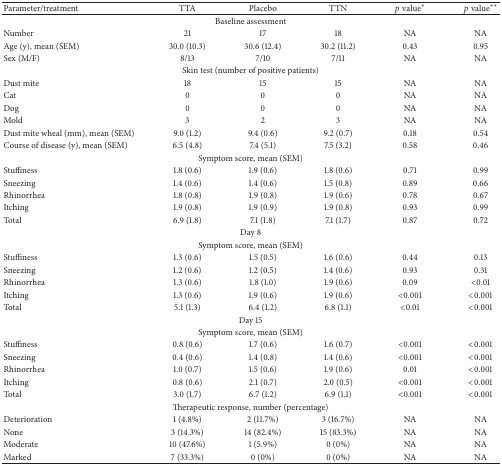
<table><thead><tr><td><b>Parameter/treatment</b></td><td><b>TTA</b></td><td><b>Placebo</b></td><td><b>TTN</b></td><td><b><i>p</i> value<sup><i>∗</i></sup></b></td><td><b><i>p</i> value<sup><i>∗∗</i></sup></b></td></tr></thead><tbody><tr><td colspan="6">Baseline assessment</td></tr><tr><td>Number</td><td>21</td><td>17</td><td>18</td><td>NA</td><td>NA</td></tr><tr><td>Age (y), mean (SEM)</td><td>30.0 (10.3)</td><td>30.6 (12.4)</td><td>30.2 (11.2)</td><td>0.43</td><td>0.95</td></tr><tr><td>Sex (M/F)</td><td>8/13</td><td>7/10</td><td>7/11</td><td>NA</td><td>NA</td></tr><tr><td colspan="6">Skin test (number of positive patients)</td></tr><tr><td>Dust mite</td><td>18</td><td>15</td><td>15</td><td>NA</td><td>NA</td></tr><tr><td>Cat</td><td>0</td><td>0</td><td>0</td><td>NA</td><td>NA</td></tr><tr><td>Dog</td><td>0</td><td>0</td><td>0</td><td>NA</td><td>NA</td></tr><tr><td>Mold</td><td>3</td><td>2</td><td>3</td><td>NA</td><td>NA</td></tr><tr><td>Dust mite wheal (mm), mean (SEM)</td><td>9.0 (1.2)</td><td>9.4 (0.6)</td><td>9.2 (0.7)</td><td>0.18</td><td>0.54</td></tr><tr><td>Course of disease (y), mean (SEM)</td><td>6.5 (4.8)</td><td>7.4 (5.1)</td><td>7.5 (3.2)</td><td>0.58</td><td>0.46</td></tr><tr><td colspan="6">Symptom score, mean (SEM)</td></tr><tr><td>Stuffiness</td><td>1.8 (0.6)</td><td>1.9 (0.6)</td><td>1.8 (0.6)</td><td>0.71</td><td>0.99</td></tr><tr><td>Sneezing</td><td>1.4 (0.6)</td><td>1.4 (0.6)</td><td>1.5 (0.8)</td><td>0.89</td><td>0.66</td></tr><tr><td>Rhinorrhea</td><td>1.8 (0.8)</td><td>1.9 (0.8)</td><td>1.9 (0.6)</td><td>0.78</td><td>0.67</td></tr><tr><td>Itching</td><td>1.9 (0.8)</td><td>1.9 (0.9)</td><td>1.9 (0.8)</td><td>0.93</td><td>0.99</td></tr><tr><td>Total</td><td>6.9 (1.8)</td><td>7.1 (1.8)</td><td>7.1 (1.7)</td><td>0.87</td><td>0.72</td></tr><tr><td colspan="6">Day 8</td></tr><tr><td colspan="6">Symptom score, mean (SEM)</td></tr><tr><td>Stuffiness</td><td>1.3 (0.6)</td><td>1.5 (0.5)</td><td>1.6 (0.6)</td><td>0.44</td><td>0.13</td></tr><tr><td>Sneezing</td><td>1.2 (0.6)</td><td>1.2 (0.5)</td><td>1.4 (0.6)</td><td>0.93</td><td>0.31</td></tr><tr><td>Rhinorrhea</td><td>1.3 (0.6)</td><td>1.8 (1.0)</td><td>1.9 (0.6)</td><td>0.09</td><td>&lt;0.01</td></tr><tr><td>Itching</td><td>1.3 (0.6)</td><td>1.9 (0.6)</td><td>1.9 (0.6)</td><td>&lt;0.001</td><td>&lt;0.001</td></tr><tr><td>Total</td><td>5.1 (1.3)</td><td>6.4 (1.2)</td><td>6.8 (1.1)</td><td>&lt;0.01</td><td>&lt;0.001</td></tr><tr><td colspan="6">Day 15</td></tr><tr><td colspan="6">Symptom score, mean (SEM)</td></tr><tr><td>Stuffiness</td><td>0.8 (0.6)</td><td>1.7 (0.6)</td><td>1.6 (0.7)</td><td>&lt;0.001</td><td>&lt;0.001</td></tr><tr><td>Sneezing</td><td>0.4 (0.6)</td><td>1.4 (0.8)</td><td>1.4 (0.6)</td><td>&lt;0.001</td><td>&lt;0.001</td></tr><tr><td>Rhinorrhea</td><td>1.0 (0.7)</td><td>1.5 (0.6)</td><td>1.9 (0.6)</td><td>0.01</td><td>&lt;0.001</td></tr><tr><td>Itching</td><td>0.8 (0.6)</td><td>2.1 (0.7)</td><td>2.0 (0.5)</td><td>&lt;0.001</td><td>&lt;0.001</td></tr><tr><td>Total</td><td>3.0 (1.7)</td><td>6.7 (1.2)</td><td>6.9 (1.1)</td><td>&lt;0.001</td><td>&lt;0.001</td></tr><tr><td colspan="6">Therapeutic response, number (percentage)</td></tr><tr><td>Deterioration</td><td>1 (4.8%)</td><td>2 (11.7%)</td><td>3 (16.7%)</td><td>NA</td><td>NA</td></tr><tr><td>None</td><td>3 (14.3%)</td><td>14 (82.4%)</td><td>15 (83.3%)</td><td>NA</td><td>NA</td></tr><tr><td>Moderate</td><td>10 (47.6%)</td><td>1 (5.9%)</td><td>0 (0%)</td><td>NA</td><td>NA</td></tr><tr><td>Marked</td><td>7 (33.3%)</td><td>0 (0%)</td><td>0 (0%)</td><td>NA</td><td>NA</td></tr></tbody></table>